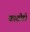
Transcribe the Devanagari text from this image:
काठोडी